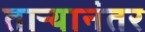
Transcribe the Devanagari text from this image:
ताऱ्यानंतर